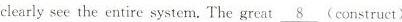
clearly see the entire system. The great\underline{8} (construct)